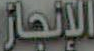
الإنجاز